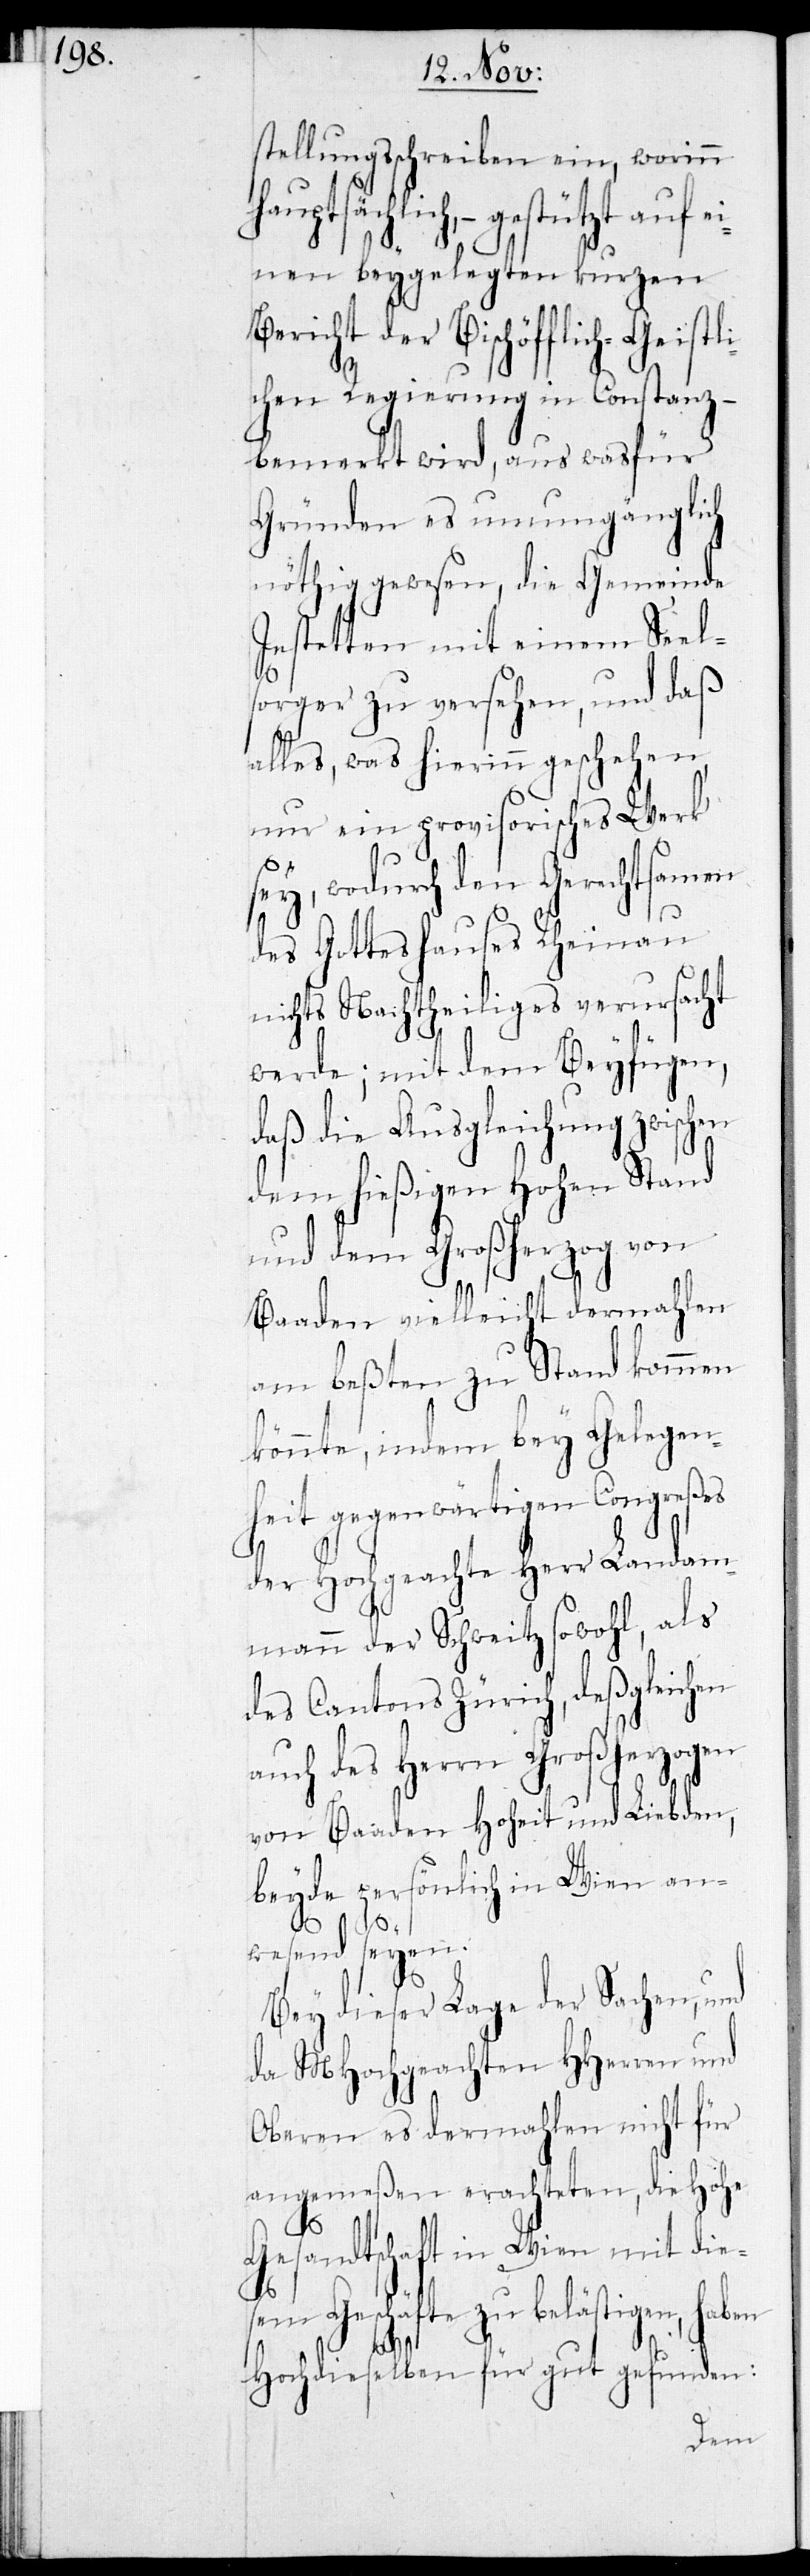
stellungsschreiben ein, worinn
hauptsächlich, –
einen beygelegten kurzen
Bericht der Bischöfflich-Geist¬
lichen Regierung in Constanz –
bemerkt wird, aus was für
Gründen es unumgänglich
nöthig gewesen, die Gemeinde
Jestetten mit einem Seel¬
sorger zu versehen, und daß
alles, was hierinn geschehen
nur ein provisorisches Werk
sey, wodurch den Gerechtsamen
des Gotteshauses Rheinau
nichts Nachtheiliges verursacht
werde; mit dem Beyfügen,
daß die Ausgleichung zwischen
dem hießigen Hohen Stand
und dem Großherzog von
Baaden, vielleicht dermahlen
am besten zu Stand kommen
könnte, indem bey Gelegen¬
heit gegenwärtigen Congreßes
der Hochgeachte Herr Landam¬
mann der Schweitz sowohl, als
des Cantons Zürich, deßgleichen
auch des Herrn Großherzogen
von Baaden Hoheit und Liebden,
beyde persönlich in Wien an¬
wesend seyen.
Bey dieser Lage der Sachen, und
da MHochgeachten HHerren und
Oberen es dermahlen nicht für
angemeßen erachteten, die Hohe
Gesandtschaft in Wien mit die¬
sem Geschäfte zu belästigen, haben
Hochdieselben für gut gefunden: